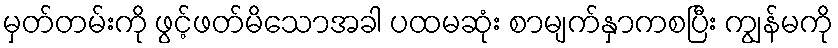
မှတ်တမ်းကို ဖွင့်ဖတ်မိသောအခါ ပထမဆုံး စာမျက်နှာကစပြီး ကျွန်မကို